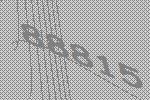
88815